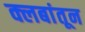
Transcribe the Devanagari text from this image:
क्लबांतून